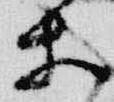
等